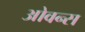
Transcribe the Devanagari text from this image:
ओवन्स